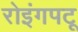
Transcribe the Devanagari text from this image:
रोइंगपटू